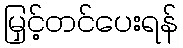
မြှင့်တင်ပေးရန်